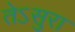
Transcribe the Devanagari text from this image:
तेऽसुरा